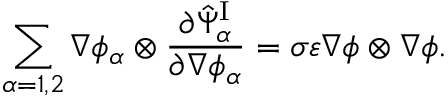
\begin{array} { r } { \displaystyle \sum _ { \alpha = 1 , 2 } \nabla \phi _ { \alpha } \otimes \frac { \partial \hat { \Psi } _ { \alpha } ^ { \mathrm { I } } } { \partial \nabla \phi _ { \alpha } } = \sigma \varepsilon \nabla \phi \otimes \nabla \phi . } \end{array}